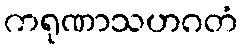
ကရုဏာသဟဂတံ